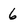
Character: 6